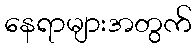
နေရာများအတွက်